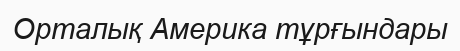
Орталық Америка тұрғындары